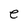
Character: e